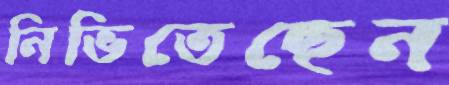
নিভিতেছেন